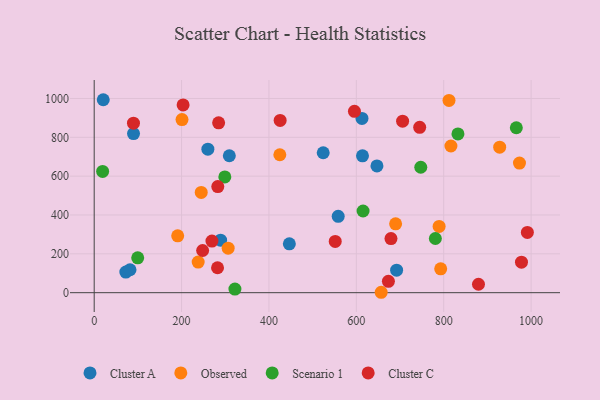
{"axis": {"x": "Speed", "y": "Sales"}, "legend": ["Cluster A", "Cluster C", "Observed", "Scenario 1"], "data": [{"x": "558.5", "y": 393.1, "type": "Cluster A"}, {"x": "260.2", "y": 739.0, "type": "Cluster A"}, {"x": "612.9", "y": 897.0, "type": "Cluster A"}, {"x": "446.7", "y": 251.8, "type": "Cluster A"}, {"x": "647.2", "y": 652.9, "type": "Cluster A"}, {"x": "289.3", "y": 270.4, "type": "Cluster A"}, {"x": "614.1", "y": 704.9, "type": "Cluster A"}, {"x": "524.2", "y": 720.5, "type": "Cluster A"}, {"x": "90.0", "y": 819.3, "type": "Cluster A"}, {"x": "72.4", "y": 106.1, "type": "Cluster A"}, {"x": "82.0", "y": 118.2, "type": "Cluster A"}, {"x": "20.7", "y": 993.5, "type": "Cluster A"}, {"x": "692.2", "y": 115.7, "type": "Cluster A"}, {"x": "309.3", "y": 705.1, "type": "Cluster A"}, {"x": "789.5", "y": 341.4, "type": "Observed"}, {"x": "973.4", "y": 667.2, "type": "Observed"}, {"x": "201.0", "y": 891.2, "type": "Observed"}, {"x": "656.9", "y": 2.1, "type": "Observed"}, {"x": "306.6", "y": 229.4, "type": "Observed"}, {"x": "816.5", "y": 755.2, "type": "Observed"}, {"x": "928.1", "y": 749.0, "type": "Observed"}, {"x": "424.9", "y": 710.3, "type": "Observed"}, {"x": "812.1", "y": 989.8, "type": "Observed"}, {"x": "793.1", "y": 122.8, "type": "Observed"}, {"x": "245.0", "y": 516.3, "type": "Observed"}, {"x": "238.0", "y": 157.6, "type": "Observed"}, {"x": "689.9", "y": 354.4, "type": "Observed"}, {"x": "191.1", "y": 293.0, "type": "Observed"}, {"x": "966.2", "y": 849.3, "type": "Scenario 1"}, {"x": "99.6", "y": 179.7, "type": "Scenario 1"}, {"x": "299.0", "y": 596.0, "type": "Scenario 1"}, {"x": "615.4", "y": 420.5, "type": "Scenario 1"}, {"x": "747.5", "y": 645.8, "type": "Scenario 1"}, {"x": "780.9", "y": 278.9, "type": "Scenario 1"}, {"x": "322.1", "y": 18.7, "type": "Scenario 1"}, {"x": "19.3", "y": 624.1, "type": "Scenario 1"}, {"x": "832.6", "y": 817.5, "type": "Scenario 1"}, {"x": "595.7", "y": 934.0, "type": "Cluster C"}, {"x": "282.3", "y": 128.5, "type": "Cluster C"}, {"x": "284.8", "y": 874.5, "type": "Cluster C"}, {"x": "269.5", "y": 265.8, "type": "Cluster C"}, {"x": "248.2", "y": 217.3, "type": "Cluster C"}, {"x": "879.6", "y": 43.3, "type": "Cluster C"}, {"x": "679.3", "y": 278.7, "type": "Cluster C"}, {"x": "705.9", "y": 883.2, "type": "Cluster C"}, {"x": "203.5", "y": 966.7, "type": "Cluster C"}, {"x": "425.6", "y": 887.0, "type": "Cluster C"}, {"x": "745.0", "y": 851.2, "type": "Cluster C"}, {"x": "282.9", "y": 546.5, "type": "Cluster C"}, {"x": "673.4", "y": 58.4, "type": "Cluster C"}, {"x": "89.9", "y": 872.9, "type": "Cluster C"}, {"x": "991.5", "y": 310.5, "type": "Cluster C"}, {"x": "978.0", "y": 157.3, "type": "Cluster C"}, {"x": "551.7", "y": 263.8, "type": "Cluster C"}]}